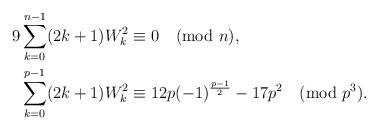
LaTeX: \begin{align*}9\sum_{k=0}^{n-1}(2k+1)W_k^2 &\equiv 0 \pmod{n}, \\\sum_{k=0}^{p-1}(2k+1)W_k^2 &\equiv 12p(-1)^{\frac{p-1}{2}}-17p^2 \pmod{p^3}. \end{align*}